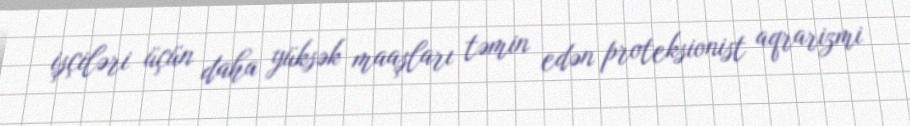
işçiləri üçün daha yüksək maaşları təmin edən proteksionist aqrarizmi